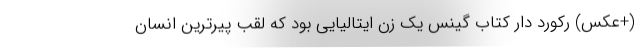
(+عکس) رکورد دار کتاب گینس یک زن ایتالیایی بود که لقب پیرترین انسان